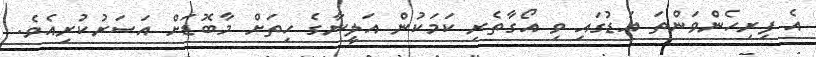
އެ ފިރިހެންވަންތަ އަޑުގައި ވި އޯގާތެރި ކަމަކުން އަލީނާގެ ހިތަށް މާބޮޑަށް އަސަރުކުރިއެވެ.